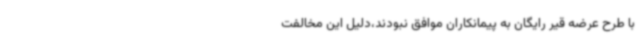
با طرح عرضه قیر رایگان به پیمانکاران موافق نبودند،دلیل این مخالفت